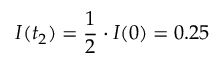
I ( t _ { 2 } ) = \frac { 1 } { 2 } \cdot I ( 0 ) = 0 . 2 5